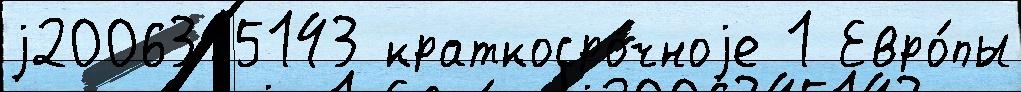
j2006345143 краткосро́чноjе 1 Евро́пы